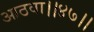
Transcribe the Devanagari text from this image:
आठवा।।४७।।